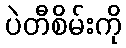
ပဲတီစိမ်းကို